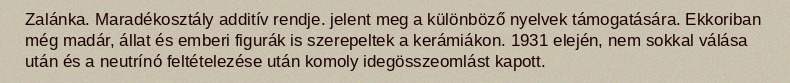
Zalánka. Maradékosztály additív rendje. jelent meg a különböző nyelvek támogatására. Ekkoriban még madár, állat és emberi figurák is szerepeltek a kerámiákon. 1931 elején, nem sokkal válása után és a neutrínó feltételezése után komoly idegösszeomlást kapott.